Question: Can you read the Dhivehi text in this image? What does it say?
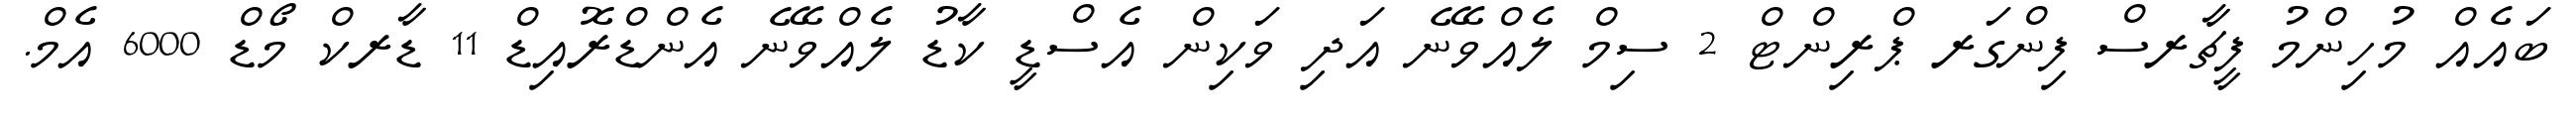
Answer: ބައެއް މުހިންމު ފީޗާރސް ފިންގަރ ޕްރިންޓް 2 ސިމް ލެއްވޭނެ އަދި ވަކިން އެސްޑީ ކާޑު ލެއްވޭނެ އެންޑްރޮއިޑް 11 ޑާރކް މޯޑް 6000 އެމް.